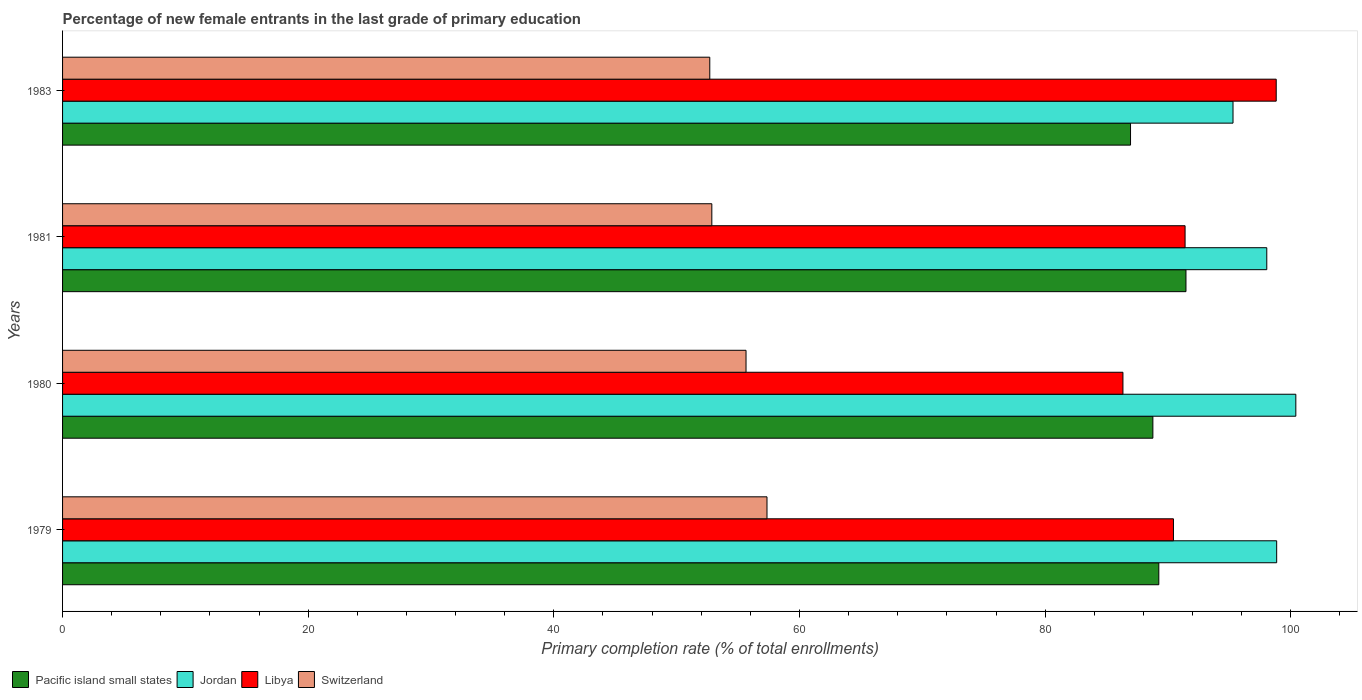
| Years | Pacific island small states | Jordan | Libya | Switzerland |
 | --- | --- | --- | --- | --- |
 | 1979 | 89.3 | 98.9 | 90.4 | 57.4 |
 | 1980 | 88.8 | 100 | 86.3 | 55.6 |
 | 1981 | 91.5 | 98 | 91.4 | 52.9 |
 | 1983 | 87 | 95.3 | 98.8 | 52.7 |